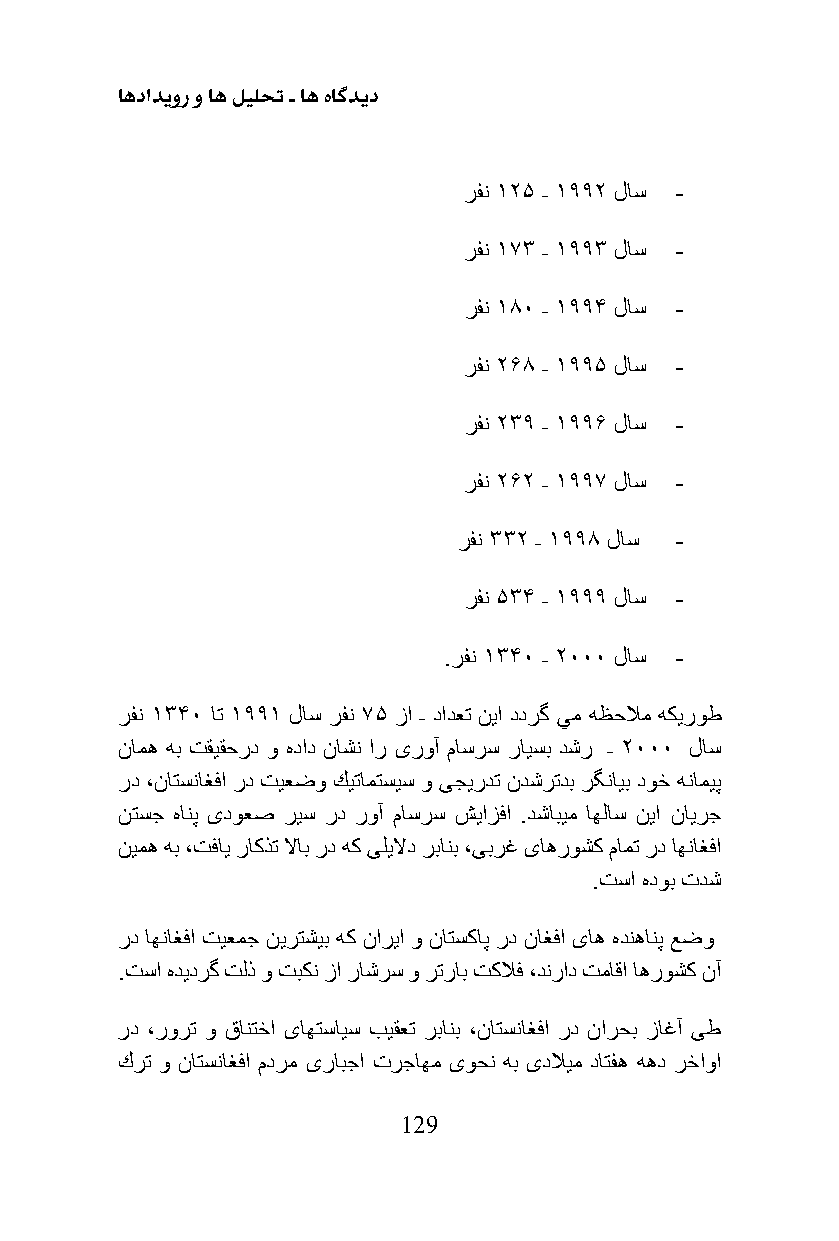
اهدادیور و اه لیلحت ـ اه هاگدید
 رفن 12۵ ـ 1992 لاس -
 رفن 173 ـ 1993 لاس -
 رفن 180 ـ 199۴ لاس -
 رفن 2۶8 ـ 199۵ لاس -
 رفن 239 ـ 199۶ لاس -
 رفن 2۶2 ـ 1997 لاس -
 رفن 332 ـ 1998 لاس -
 رفن ۵3۴ ـ 1999 لاس -
 .رفن 13۴0 ـ 2000 لاس -
 رفن 13۴0 ات 1991 لاس رفن 7۵ زا ـ دادعت نیا ددرگ يم هظحلام هكیروط
 نامه هب تقیقحرد و هداد ناشن ار یروآ ماسرس رایسب دشر ـ 2000 لاس
 رد ،ناتسناغفا رد تیعضو كیتامتسیس و ىجیردت ندشرتدب رگنایب دوخ هنامیپ
 نتسج هانپ ىدوعص ریس رد روآ ماسرس شیازفا .دشابیم اهلاس نیا نایرج
 نیمه هب ،تفای راكذت لااب رد هك ىلیلاد ربانب ،یبرغ یاهروشک مامت رد اهناغفا
 .تسا هدوب تدش
 رد اهناغفا تیعمج نیرتشیب هك ناریا و ناتسكاپ رد ناغفا ىاه هدنهانپ عضو
 .تسا هدیدرگ تلذ و تبكن زا راشرس و رتراب تكلاف ،دنراد تماقا اهروشك نآ
 رد ،رورت و قانتخا ىاهتسایس بیقعت ربانب ،ناتسناغفا رد نارحب زاغآ ىط
 كرت و ناتسناغفا مدرم ىرابجا ترجاهم ىوحن هب ىدلایم داتفه ههد رخاوا
 129